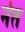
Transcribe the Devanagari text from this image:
नंत